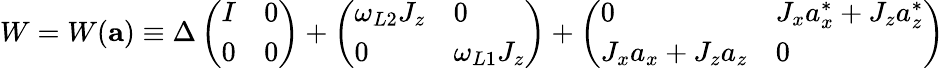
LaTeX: W=W({\mathbf a})\equiv\Delta\left(\begin{array}{ll}{I}&{0}\\ {0}&{0}\end{array}\right)+\left(\begin{array}{ll}{\omega_{L2}J_{z}}&{0}\\ {0}&{\omega_{L1}J_{z}}\end{array}\right)+\left(\begin{array}{ll}{0}&{J_{x}a_{x}^{\ast}+J_{z}a_{z}^{\ast}}\\ {J_{x}a_{x}+J_{z}a_{z}}&{0}\end{array}\right)